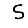
Digit: 5